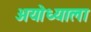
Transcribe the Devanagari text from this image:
अयोध्याला